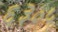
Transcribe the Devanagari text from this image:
६३०५